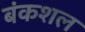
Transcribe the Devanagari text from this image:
बंकशल